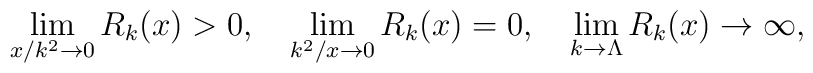
\lim_{x/k^2\to 0} R_k(x)>0,\quad\lim_{k^2/x\to 0} R_k(x)=0, \quad\lim_{k\to\Lambda} R_k(x)\to \infty,